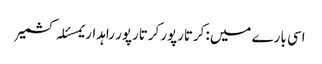
اسی بارے میں: کرتارپورکرتارپور راہداریمسئلہ کشمیر